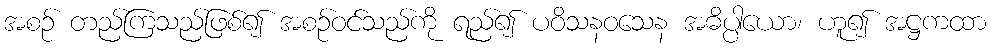
အစဉ် တည်ကြသည်ဖြစ်၍ အစဉ်ဝင်သည်ကို ရည်၍ ပဝိသနဝသေန အဓိပ္ပါယော၊ ဟူ၍ အဋ္ဌကထာ